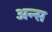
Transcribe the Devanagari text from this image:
अन्स